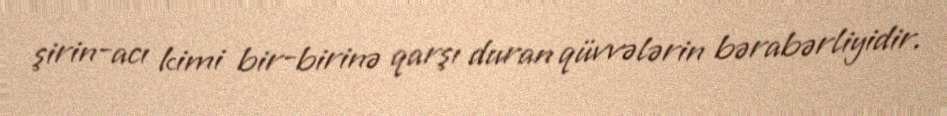
şirin-acı kimi bir-birinə qarşı duran qüvvələrin bərabərliyidir.